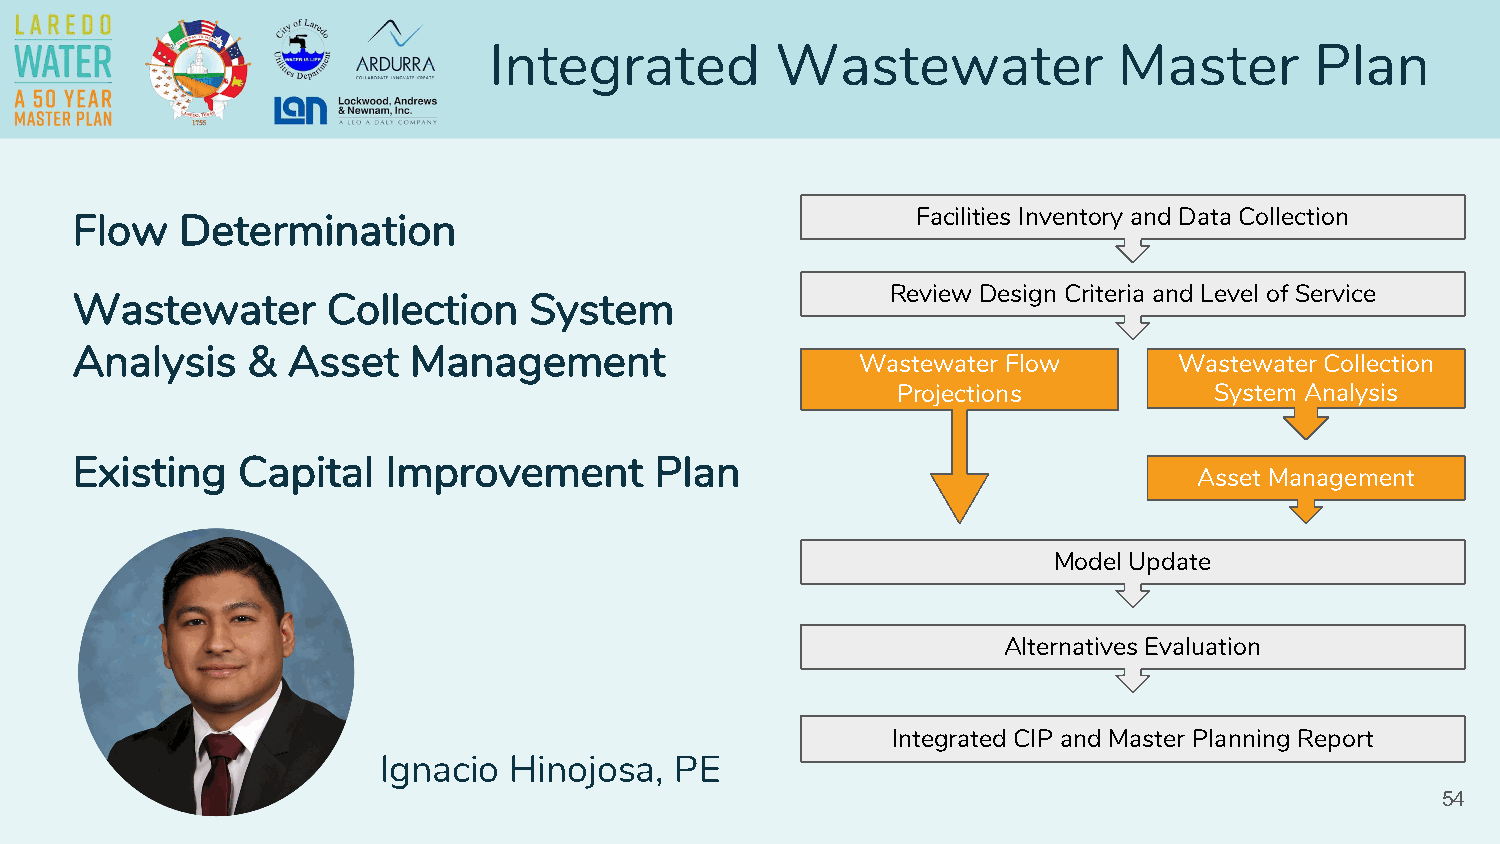
Integrated         Wastewater             Master       Plan
 Facilities Inventory and Data Collection
 Flow   Determination
 Review Design Criteria and Level of Service
 Wastewater       Collection   System
 Analysis   &  Asset   Management
 Wastewater Flow      Wastewater Collection
 Projections          System Analysis
 Existing   Capital   Improvement      Plan
 Asset Management
 Model Update
 Alternatives Evaluation
 Integrated CIP and Master Planning Report
 Ignacio  Hinojosa,  PE
 54